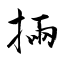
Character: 掚